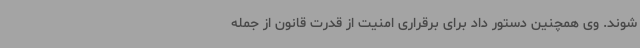
شوند. وی همچنین دستور داد برای برقراری امنیت از قدرت قانون از جمله